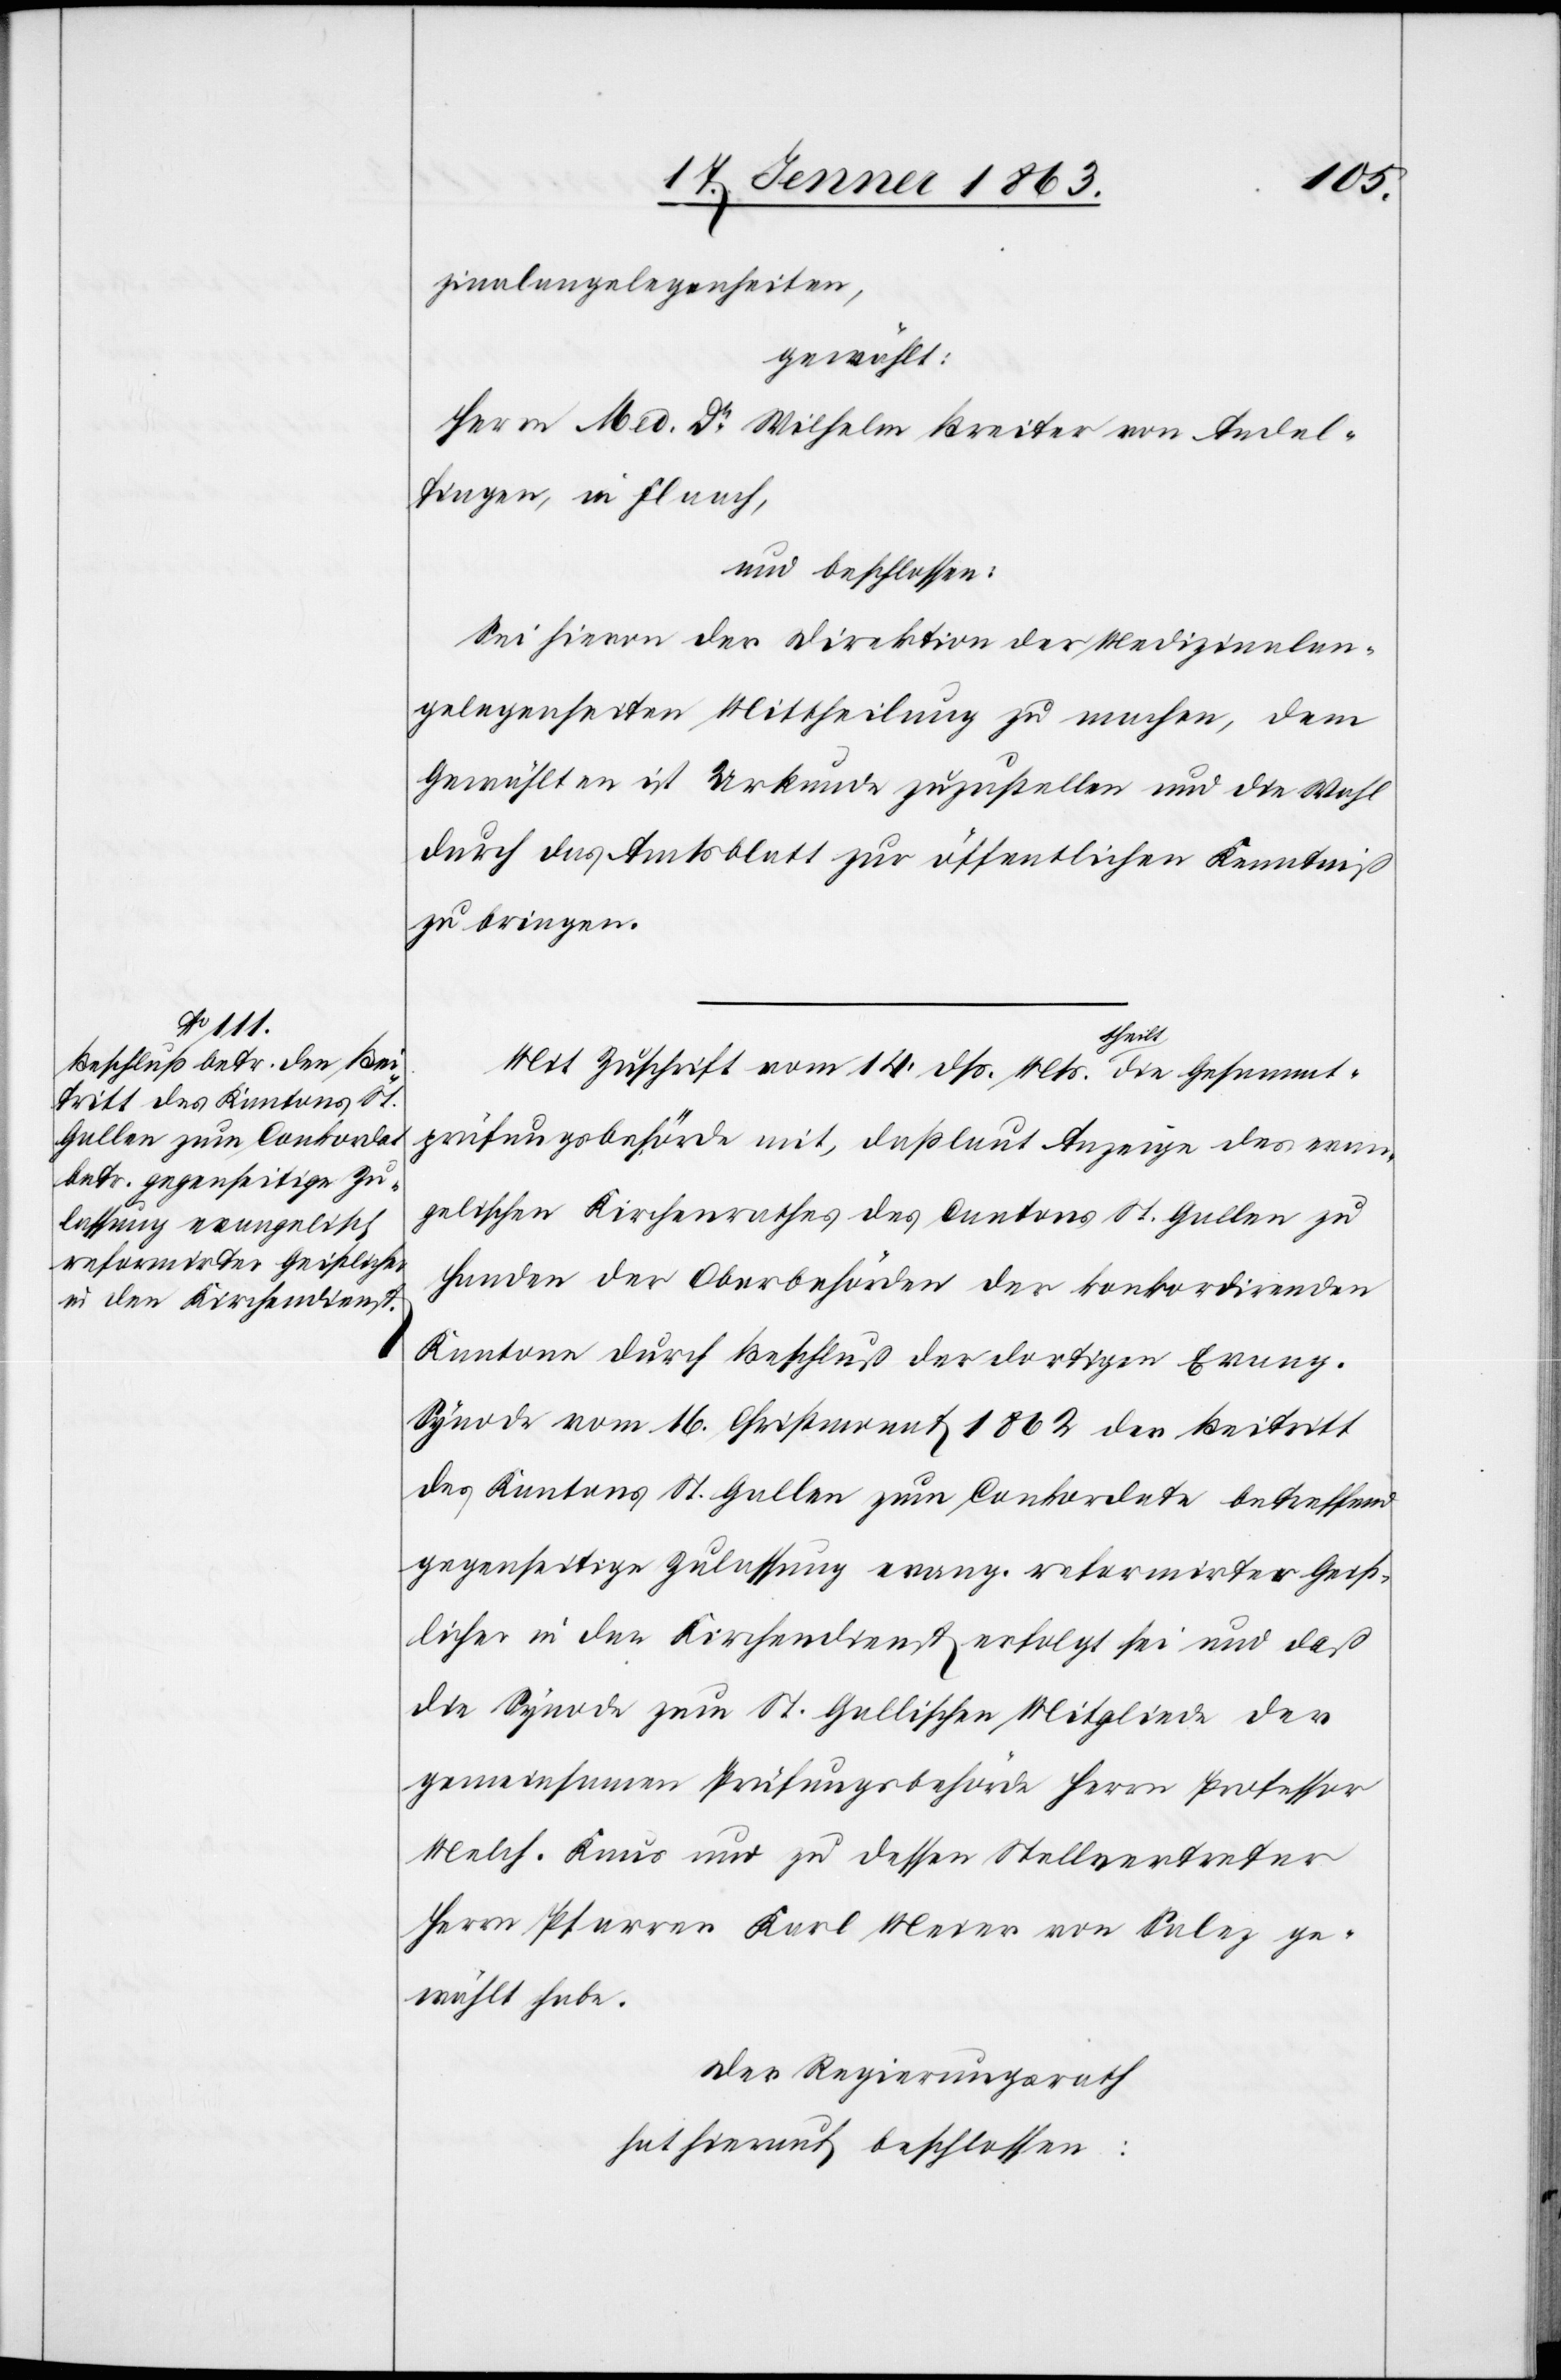
zinalangelegenheiten,
gewählt:
Herrn Med. Dr Wilhelm Breiter von Andel¬
fingen, in Flaach,
und beschlossen:
Sei hievon der Direktion der Medizinalan¬
gelegenheiten Mittheilung zu machen, dem
Gewählten ist Urkunde zuzustellen und die Wahl
durch das Amtsblatt zur öffentlichen Kenntniß
zu bringen.
Mit Zuschrift vom 14. dß. Mts. theilt die Gesammt¬
prüfungsbehörde mit, daß laut Anzeige des evan¬
gelischen Kirchenrathes des Cantons St. Gallen zu
Handen der Oberbehörden der konkordirenden
Kantone durch Beschluß der dortigen Evang.
Synode vom 16. Christmonat 1862 der Beitritt
des Kantons St. Gallen zum Conkordate betreffend
gegenseitige Zulassung evang. reformirter Geist¬
licher in den Kirchendienst erfolgt sei und das
die Synode zum St. Gallischen Mitgliede der
gemeinsamen Prüfungsbehörde Herrn Professor
Melch. Knus und zu dessen Stellvertreter
Herrn Pfarrer Karl Meier von Salez ge¬
wählt habe.
Der Regierungsrath
hat hierauf beschlossen: